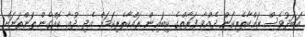
އަބަދުވެސް ރައްކާތެރިކަން ދެއްވާ ފަރާތްގެ ކިބައިން ރައްކާތެރިކަމަށް އެދި ދުޢާ ކޮއްގެން ތަންތަނަށް